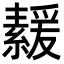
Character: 𦅻